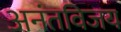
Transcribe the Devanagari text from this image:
अनंतविजय